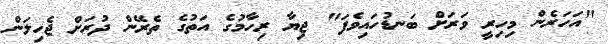
"އަހަރެން މިހިރީ ވަރަށް ބަނޑުހައިވެފަ" ޖިޔާ ރިހާމުގެ އަތުގެ ތެރޭން ދުރަށް ޖެހިލަން